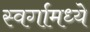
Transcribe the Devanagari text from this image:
स्वर्गामध्ये